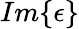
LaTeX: Im\{ \epsilon\}